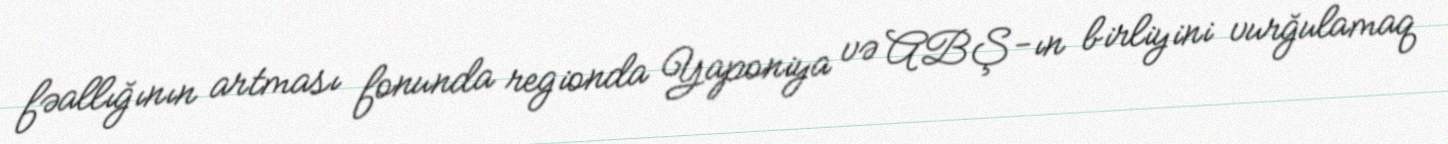
fəallığının artması fonunda regionda Yaponiya və ABŞ-ın birliyini vurğulamaq